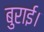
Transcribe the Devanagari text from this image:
बुराई।